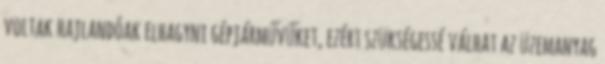
voltak hajlandóak elhagyni gépjárművűket, ezért szükségessé válhat az üzemanyag